Opetatud_Eesti_Selts, lk 4
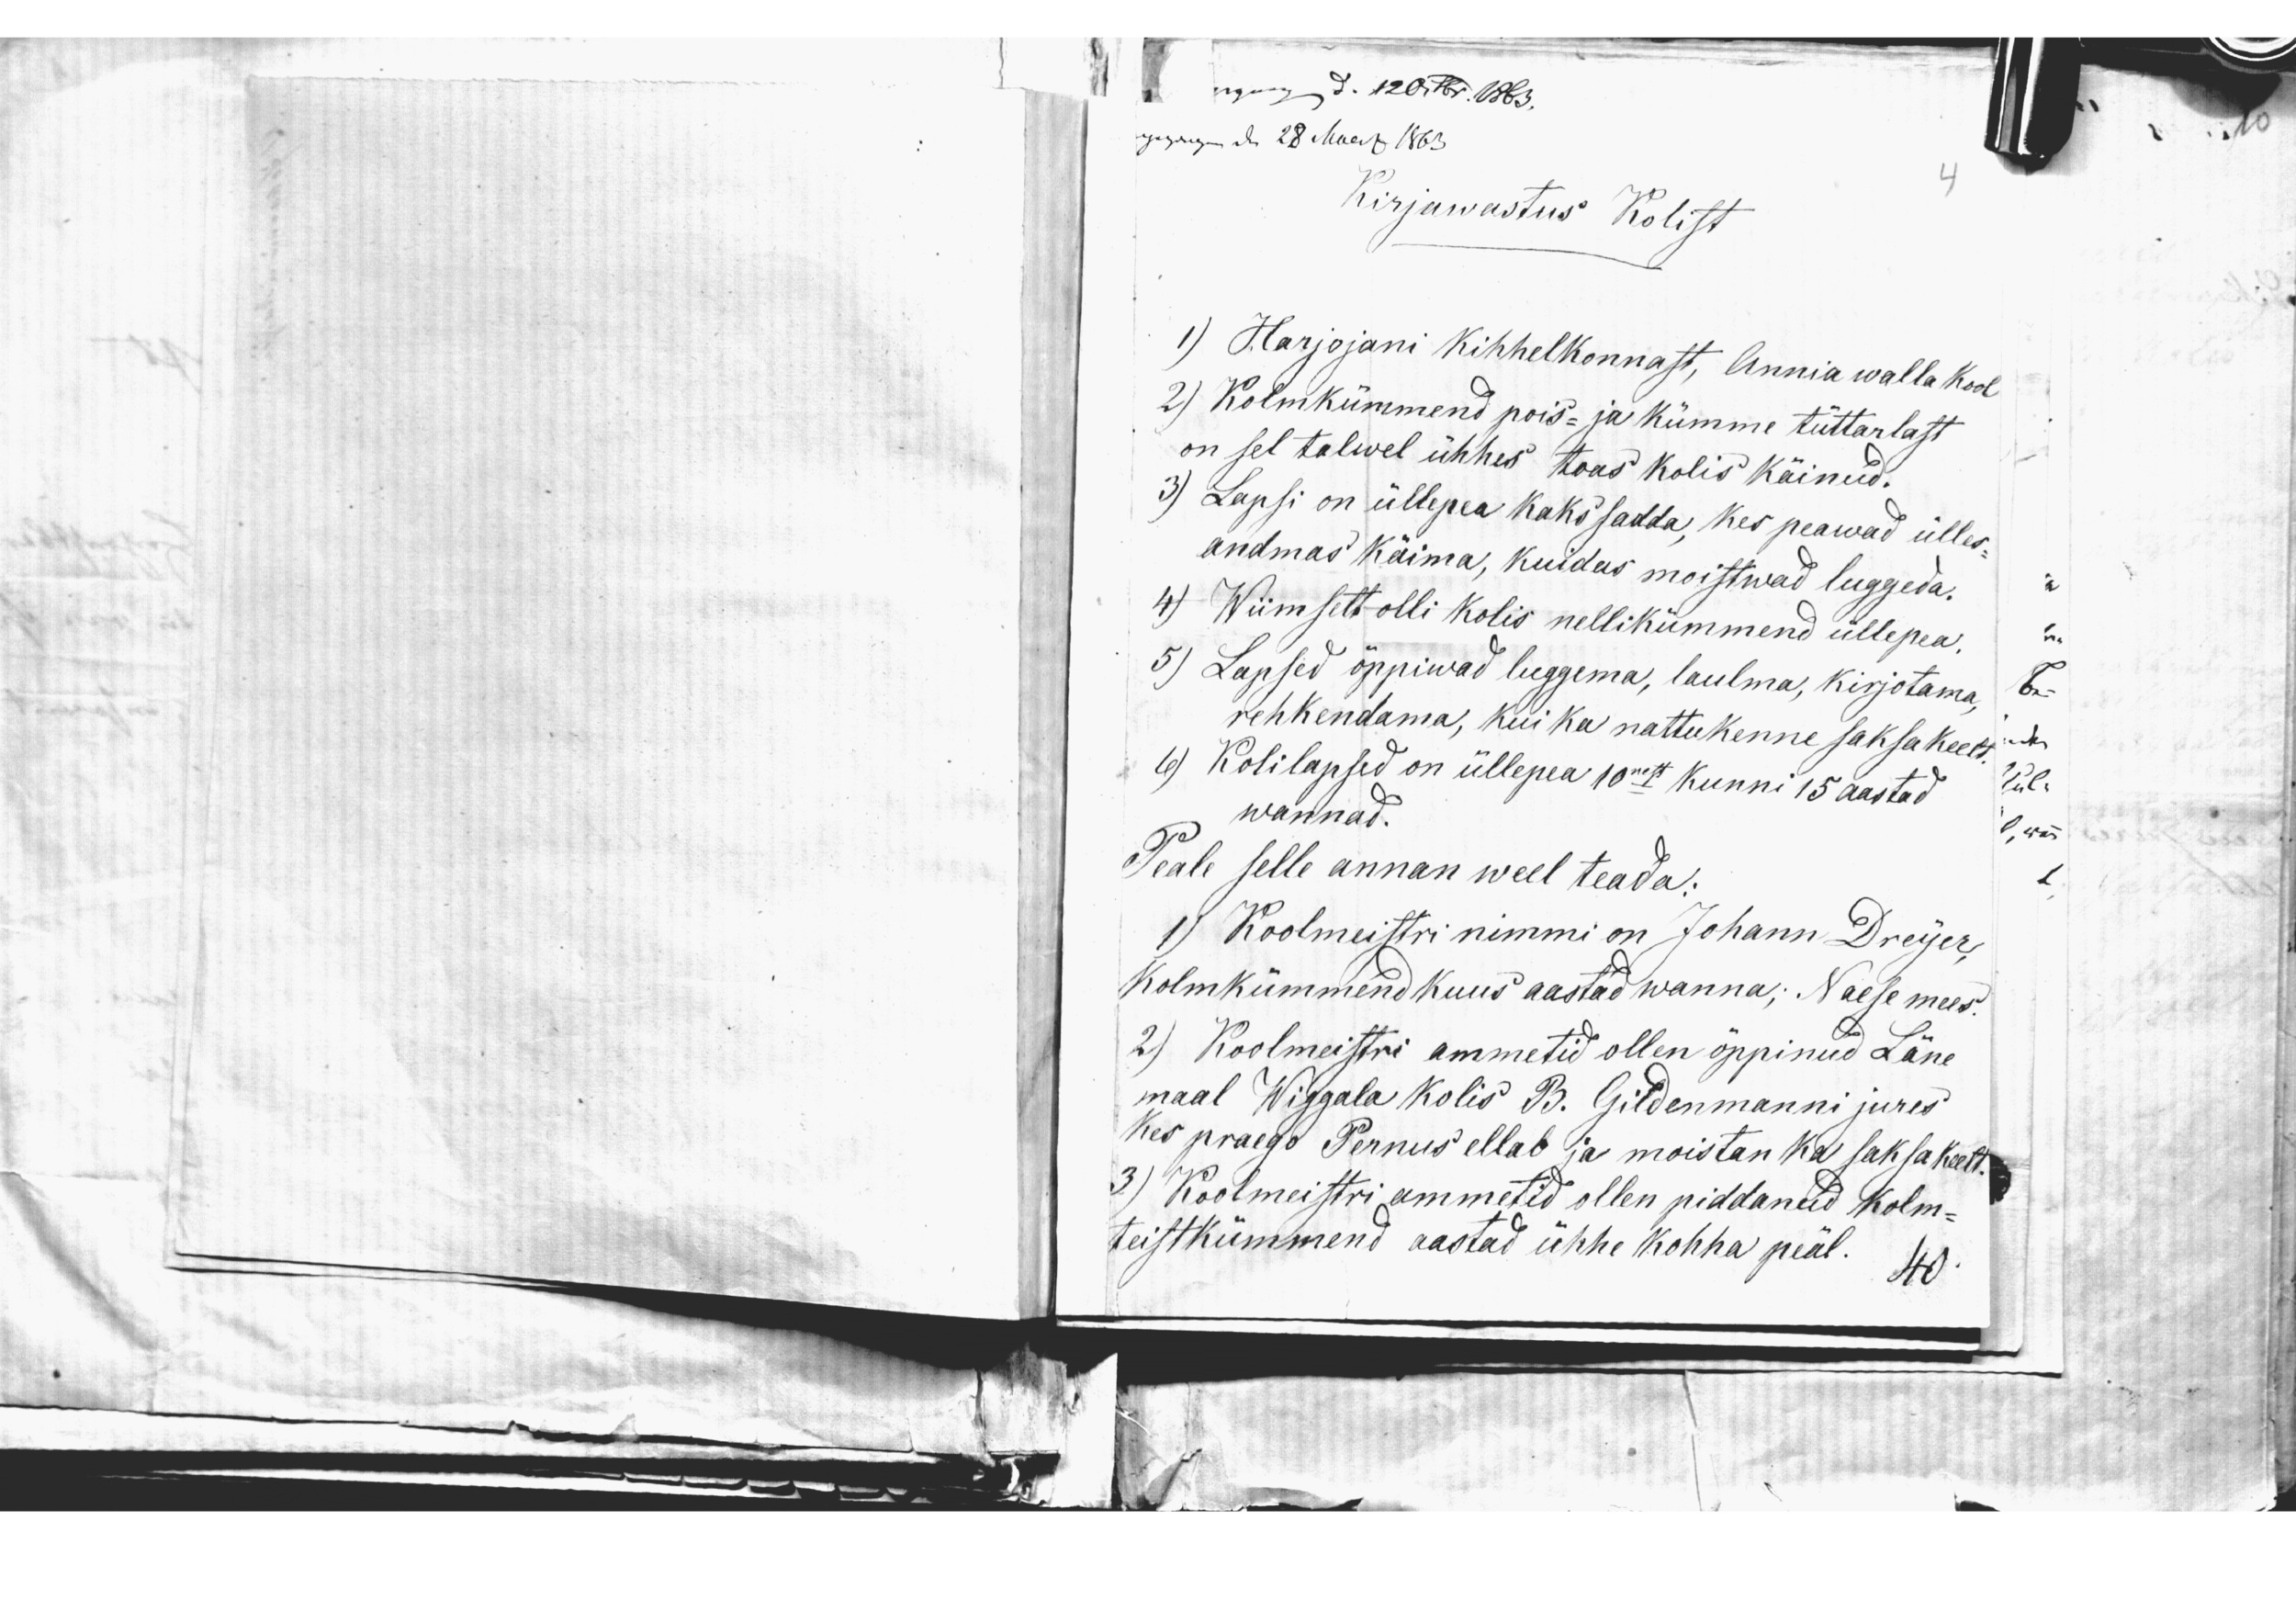
Kirjawastus Kolist
1) Harjojani Kihhelkonnast, Annia walla Kool
2) Kolmkümmend pois- ja kümme tüttarlast
on sel talwel ühhes toas kolis käinud.
3) Lapsi on üllepea kaks sadda, kes peawad ülles-
andmas käima, kuidas moistwad luggeda.
4) Wiimselt olli Kolis nellikümmend üllepea.
5) Lapsed õppiwad luggema, laulma, kirjotama,
rehkendama, kui ka nattukenne saksa keelt.
6) Kolilapsed on üllepea 10nett kunni 15 aastad
wannad.
Peale selle annan weel teada:
1) Koolmeistri nimmi on Johann Dreyer,
kolmkümmend kuus aastad wanna; Naese mees.
2) Koolmeistri ammetid ollen õppinud Läne
maal Wiggala Kolis B. Gildenmanni jures
Kes praego Pernus ellab ja moistan ka saksa keelt.
3) Koolmeistri ammetid ollen piddanud kolm-
teistkümmend aastad ühhe kohha peäl.
40.